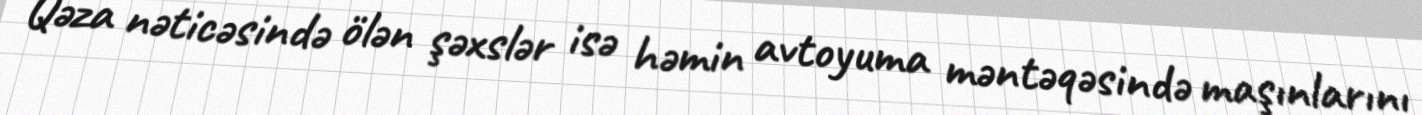
Qəza nəticəsində ölən şəxslər isə həmin avtoyuma məntəqəsində maşınlarını